Annual report on the lock hospitals of the Madras Presidency
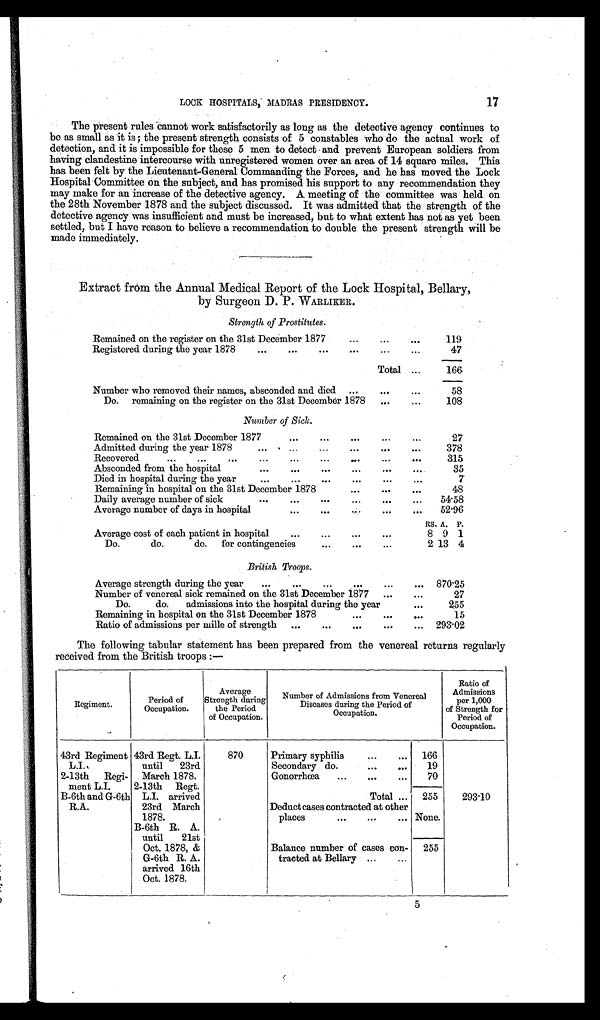
17
LOCK HOSPITALS, MADRAS PRESIDENCY.
The present rules cannot work satisfactorily as long as the detective agency continues to
be as small as it is ; the present strength consists of 5 constables who do the actual work of
detection, and it is impossible for these 5 men to detect and prevent European soldiers from
having clandestine intercourse with unregistered women over an area of 14 square miles. This
has been felt by the Lieutenant-General Commanding the Forces, and he has moved the Lock
Hospital Committee on the subject, and has promised his support to any recommendation they
may make for an increase of the detective agency. A meeting of the committee was held on
the 28th November 1878 and the subject discussed. It was admitted that the strength of the
detective agency was insufficient and must be increased, but to what extent has not as yet been
settled, but I have reason to believe a recommendation to double the present strength will be
made immediately.
Extract from the Annual Medical Report of the Lock Hospital, Bellary,
by Surgeon D. P. WARLIKER.
Strength of Prostitutes.
Remained on the register on the 31st December 1877
...
...
119
Registered during the year 1878
...
...
...
...
. . .
47
Total ...
166
Number who removed their names, absconded and died
...
. . .
...
58
Do. remaining on the register on the 31st December 1878
...
...
108
Number of Sick.
Remained on the 31st December 1877
...
...
...
...
...
27
Admitted during the year 1878
...
. . .
. . .
. . .
. . .
. . .
. . .
378
Recovered
...
...
...
...
...
...
...
...
. . .
315
Absconded from the hospital
...
...
...
...
. . .
. . .
35
Died in hospital during the year
...
...
...
...
. . .
...
7
Remaining in hospital on the 31st December 1878
...
...
. . .
48
Daily average number of sick
...
...
...
...
. . .
. . .
54.58
Average number of days in hospital
...
...
. . . ...
. . .
52.96
RS. A. P.
Average cost of each patient in hospital
...
...
. . .
8 9 1
Do. do. do. for contingencies
...
...
...
2 13 4
British Troops.
Average strength during the year
...
...
...
...
870.25
Number of venereal sick remained on the 31st December 1877 ...
. . .
27
Do. do. admissions into the hospital during the year
. . .
255
Remaining in hospital on the 31st December 1878
...
. . .
. . .
15
Ratio of admissions per mille of strength
...
...
...
. . .
...
293.02
The following tabular statement has been prepared from the venereal returns regularly
received from the British troops :—
Regiment.
Period of
Occupation.
Average
Strength during
the Period
of Occupation.
Number of Admissions from Venereal
Diseases during the Period of
Occupation.
Ratio of
Admissions
per 1,000
of Strength for
Period of
Occupation.
43rd Regiment
L.I.
43rd Regt. L.I.
until 23rd
March 1878.
870
Primary syphilis
...
...
166
19
Secondary do.
...
...
2-13th Regi
ment L.I.
Gonorrhœa
...
...
...
70
2-13th Regt.
L.I. arrived
23rd March
1878.
Total ...
255
293.10
B-6th and G-6th
R.A.
Deduct cases contracted at other
places
...
...
... None.
B-6th R. A.
until 21st
Oct. 1878, &
G-6th R. A.
arrived 16th
Oct. 1878.
Balance number of cases c
o
n- tracted at Bellary ...
...
255
5